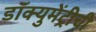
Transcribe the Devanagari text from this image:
डॉक्युमेंट्रीची